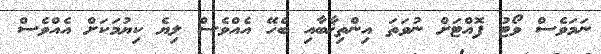
ނަމަވެސް ވޯޓު ފޮއްޓަށް ނުވަތަ އިންތިޚާބާއި ބެހޭ އެއްވެސް ލިޔެ ކިޔުމަކަށް އެއްވެސް